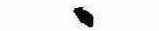
ゝ